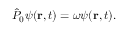
\hat { P } _ { 0 } \boldsymbol { \psi } ( \mathbf { r } , t ) = \omega \boldsymbol { \psi } ( \mathbf { r } , t ) .